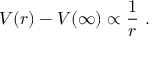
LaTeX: V ( r ) - V ( \infty ) \propto \frac { 1 } { r } ~ .